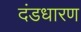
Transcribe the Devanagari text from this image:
दंडधारण